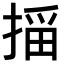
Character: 𫽠